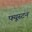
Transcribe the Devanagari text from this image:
फ्यूस्टन